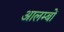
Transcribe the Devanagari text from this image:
आलम्बों